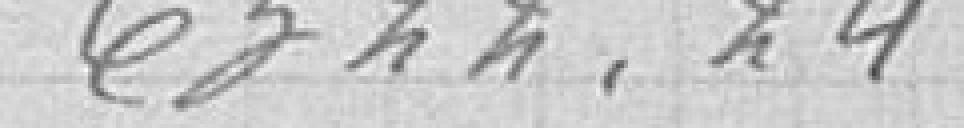
6322,24